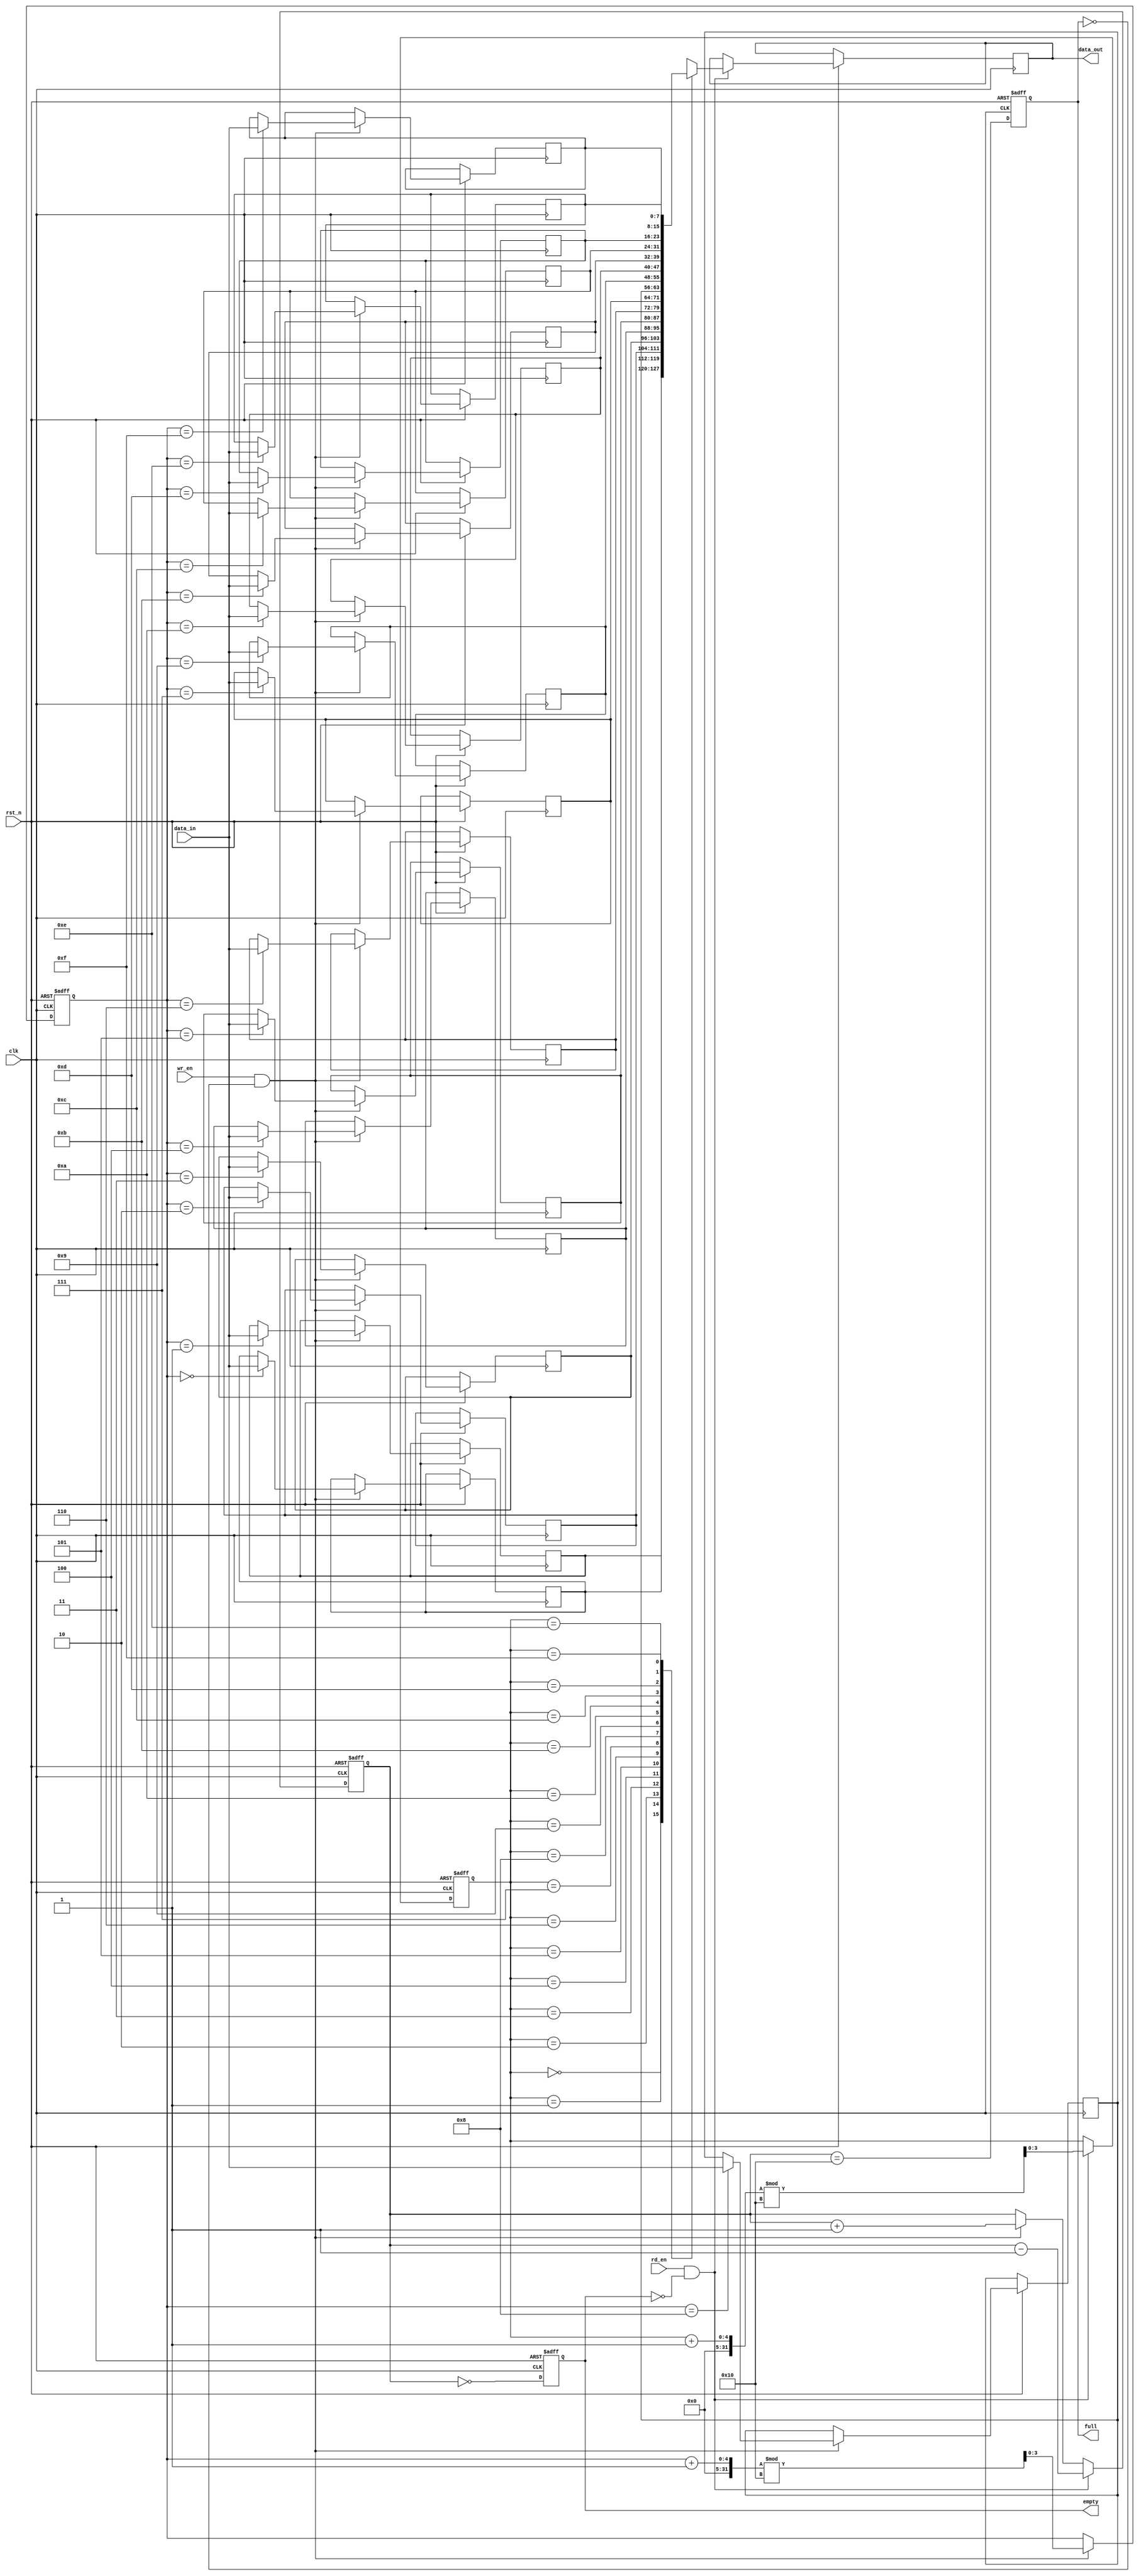
module fifo_sram #(
    parameter DEPTH = 16,  // Number of entries
    parameter WIDTH = 8    // Data size per entry in bits
)(
    input wire clk,                // Clock signal
    input wire rst_n,              // Asynchronous reset (active low)
    input wire wr_en,              // Write enable
    input wire rd_en,              // Read enable
    input wire [WIDTH-1:0] data_in, // Data input
    output reg [WIDTH-1:0] data_out, // Data output
    output reg full,               // FIFO full flag
    output reg empty               // FIFO empty flag
);

    // Memory array
    reg [WIDTH-1:0] mem [0:DEPTH-1]; // Memory array
    reg [$clog2(DEPTH)-1:0] wr_ptr;   // Write pointer
    reg [$clog2(DEPTH)-1:0] rd_ptr;   // Read pointer
    reg [DEPTH:0] count;               // Number of entries in FIFO

    // Asynchronous reset
    always @(posedge clk or negedge rst_n) begin
        if (!rst_n) begin
            wr_ptr <= 0;
            rd_ptr <= 0;
            count <= 0;
            full <= 0;
            empty <= 1;
        end else begin
            // Write operation
            if (wr_en && !full) begin
                mem[wr_ptr] <= data_in; // Write data to memory
                wr_ptr <= (wr_ptr + 1) % DEPTH; // Increment write pointer
                count <= count + 1; // Increment count
            end
            
            // Read operation
            if (rd_en && !empty) begin
                data_out <= mem[rd_ptr]; // Read data from memory
                rd_ptr <= (rd_ptr + 1) % DEPTH; // Increment read pointer
                count <= count - 1; // Decrement count
            end
            
            // Update full and empty flags
            full <= (count == DEPTH);
            empty <= (count == 0);
        end
    end

endmodule